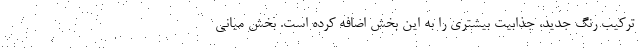
ترکیب رنگ جدید، جذابیت بیشتری را به این بخش اضافه کرده است. بخش میانی